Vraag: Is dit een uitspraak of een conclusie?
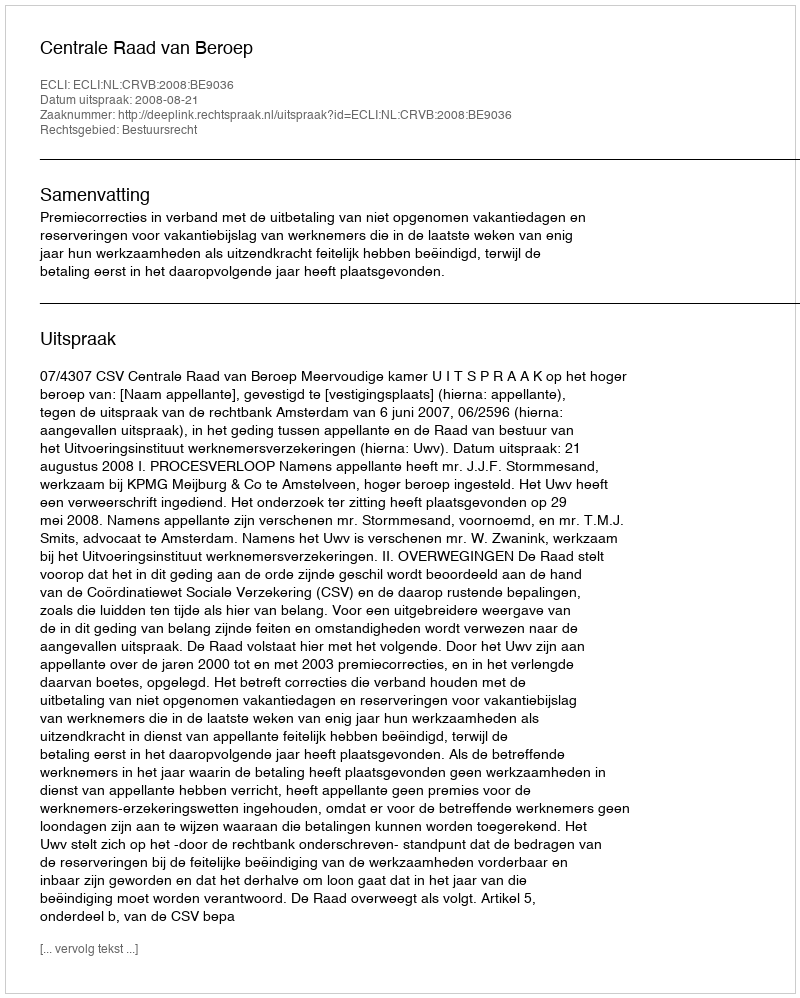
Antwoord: Uitspraak